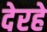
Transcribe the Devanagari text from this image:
देरहे